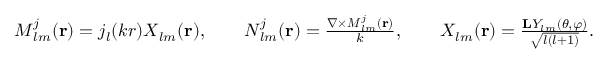
\begin{array} { r } { { \boldsymbol { M } } _ { l m } ^ { j } ( { \bf r } ) = j _ { l } ( k r ) \boldsymbol { X } _ { l m } ( { \bf r } ) , \qquad { \boldsymbol { N } } _ { l m } ^ { j } ( { \bf r } ) = \frac { \boldsymbol { \nabla } \times { \boldsymbol { M } } _ { l m } ^ { j } ( { \bf r } ) } { k } , \qquad \boldsymbol { X } _ { l m } ( { \bf r } ) = \frac { { \bf { L } } Y _ { l m } ( \theta , \varphi ) } { \sqrt { l ( l + 1 ) } } . } \end{array}